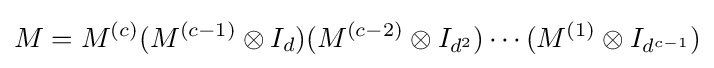
M=M^{(c)}(M^{(c-1)}\otimes I_{d})(M^{(c-2)}\otimes I_{d^{2}})\cdots (M^{(1)}\otimes I_{d^{c-1}})